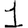
Digit: 1